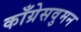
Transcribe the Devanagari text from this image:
काँग्रेसवुमन